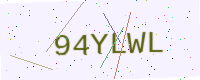
Text: 94YLWL